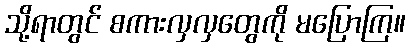
သို့ရာတွင် စကားလှလှတွေကို မပြောကြ။